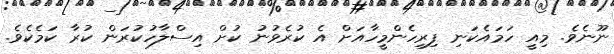
ނޫނެވެ. މިއީ ހަމައެކަނި ފިރިހެންމީހާއަށް އެ ކުރެވުނު ކުށް އިސްލާހުކުރަން ކުރާ ކަމެކެވެ.